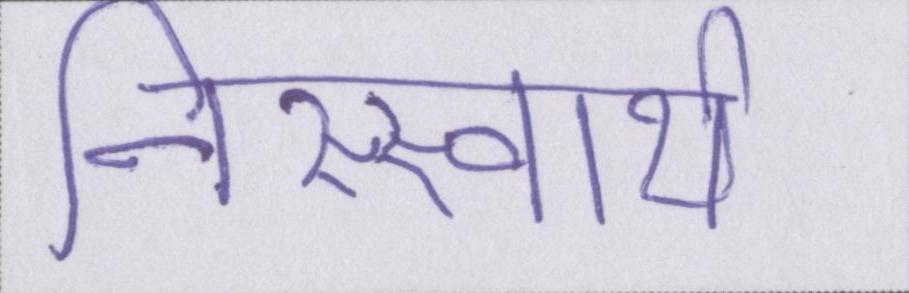
निस्स्वार्थ